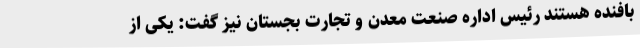
بافنده هستند رئیس اداره صنعت معدن و تجارت بجستان نیز گفت: یکی از